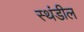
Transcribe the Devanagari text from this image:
स्थंडील